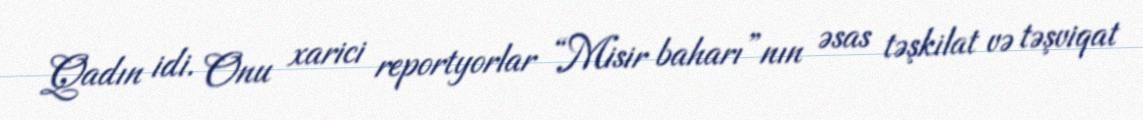
Qadın idi. Onu xarici reportyorlar “Misir baharı”nın əsas təşkilat və təşviqat